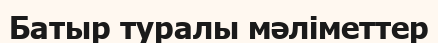
Батыр туралы мәліметтер